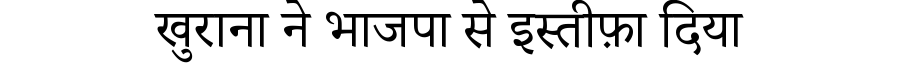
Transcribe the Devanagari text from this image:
खुराना ने भाजपा से इस्तीफ़ा दिया